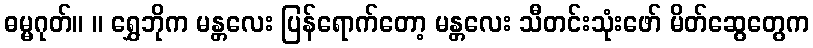
ဓမ္မဂုတ်။ ။ ရွှေဘိုက မန္တလေး ပြန်ရောက်တော့ မန္တလေး သီတင်းသုံးဖော် မိတ်ဆွေတွေက